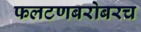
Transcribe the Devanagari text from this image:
फलटणबरोबरच